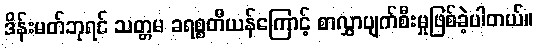
ဒိန်းမတ်ဘုရင် သတ္တမ ခရစ္စတီယန်ကြောင့် စာလွှာပျက်စီးမှုဖြစ်ခဲ့ပါတယ်။